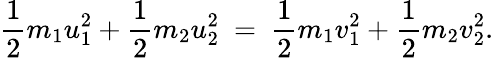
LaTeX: {\frac{1}{2}}m_{1}u_{1}^{2}+{\frac{1}{2}}m_{2}u_{2}^{2}\ =\ {\frac{1}{2}}m_{1}v_{1}^{2}+{\frac{1}{2}}m_{2}v_{2}^{2}.